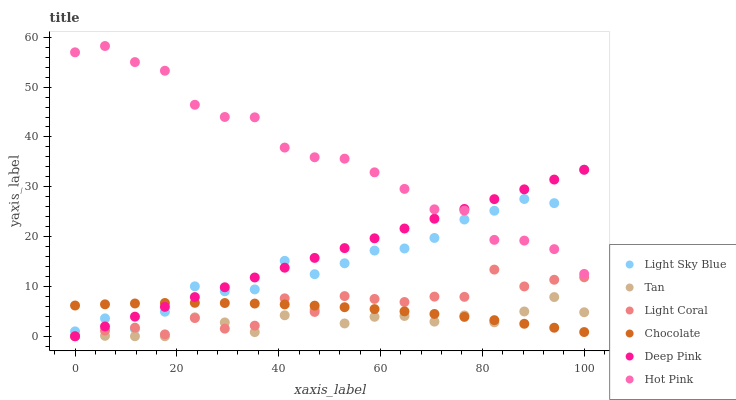
| xaxis_label | Light Sky Blue | Tan | Light Coral | Chocolate | Deep Pink | Hot Pink |
 | --- | --- | --- | --- | --- | --- | --- |
 | 0 | 0.98 | 0 | 0 | 6.17 | 0 | 57 |
 | 5.88 | 3.59 | 0.0856 | 1.13 | 6.41 | 1.97 | 58.3 |
 | 11.8 | 1.46 | 0 | 1.72 | 6.58 | 3.93 | 55 |
 | 17.6 | 4.92 | 0 | 0.377 | 6.68 | 5.9 | 53.3 |
 | 23.5 | 10 | 3.8 | 3.65 | 6.71 | 7.86 | 46.5 |
 | 29.4 | 9.02 | 2.78 | 1.52 | 6.67 | 9.83 | 44 |
 | 35.3 | 9.4 | 0.827 | 2.13 | 6.56 | 11.8 | 43.9 |
 | 41.2 | 15.1 | 4.21 | 7.61 | 6.39 | 13.8 | 37.9 |
 | 47.1 | 12.5 | 5.38 | 4.88 | 6.14 | 15.7 | 35.9 |
 | 52.9 | 14.6 | 2.57 | 8.06 | 5.83 | 17.7 | 35.6 |
 | 58.8 | 17.2 | 3.9 | 7.49 | 5.45 | 19.7 | 32.9 |
 | 64.7 | 17.6 | 4.07 | 6.87 | 5 | 21.6 | 29.6 |
 | 70.6 | 19.7 | 2.93 | 7.95 | 4.48 | 23.6 | 25.5 |
 | 76.5 | 23.4 | 4.18 | 7.91 | 3.89 | 25.6 | 25.2 |
 | 82.4 | 25.2 | 2.8 | 13.4 | 3.23 | 27.5 | 19.3 |
 | 88.2 | 27.5 | 4.97 | 10 | 2.5 | 29.5 | 19.2 |
 | 94.1 | 26.7 | 7.86 | 11.3 | 1.71 | 31.5 | 17.5 |
 | 100 | 33.4 | 4.82 | 11.8 | 0.845 | 33.4 | 12.5 |